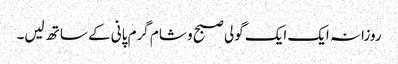
روزانہ ایک ایک گولی صبح و شام گرم پانی کے ساتھ لیں۔